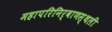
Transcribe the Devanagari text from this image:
महापरिनिर्वाणस्थली